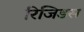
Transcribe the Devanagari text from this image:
रिजिडस